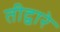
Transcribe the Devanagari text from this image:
तीद्वारे